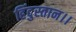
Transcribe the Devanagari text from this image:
हिंदुस्तान।।